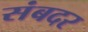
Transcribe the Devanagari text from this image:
संबदर